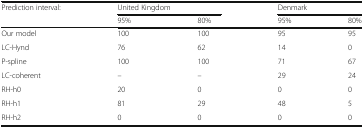
<table><thead><tr><td rowspan="2"><b>Prediction interval:</b></td><td colspan="2"><b>United Kingdom</b></td><td colspan="2"><b>Denmark</b></td></tr><tr><td><b>95%</b></td><td><b>80%</b></td><td><b>95%</b></td><td><b>80%</b></td></tr></thead><tbody><tr><td>Our model</td><td>100</td><td>100</td><td>95</td><td>95</td></tr><tr><td>LC-Hynd</td><td>76</td><td>62</td><td>14</td><td>0</td></tr><tr><td>P-spline</td><td>100</td><td>100</td><td>71</td><td>67</td></tr><tr><td>LC-coherent</td><td>–</td><td>–</td><td>29</td><td>24</td></tr><tr><td>RH-h0</td><td>20</td><td>0</td><td>0</td><td>0</td></tr><tr><td>RH-h1</td><td>81</td><td>29</td><td>48</td><td>5</td></tr><tr><td>RH-h2</td><td>0</td><td>0</td><td>0</td><td>0</td></tr></tbody></table>